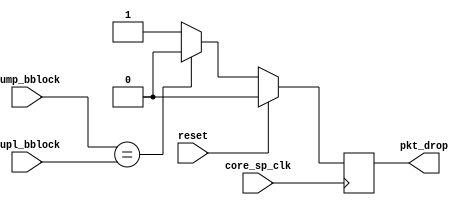
//
`timescale 1ns/1ps

module stage4(
	
	  input			        reset,
        input                         core_sp_clk,
        input [31:0]                  dupl_bblock, // use the data fetched from the duplicate ram in the previous stage
        input [31:0]                  jump_bblock,
        output                        pkt_drop //input to the np_core (in case of detected error)
        

);

reg pkt_drop_reg;
assign pkt_drop = pkt_drop_reg;

always @(posedge core_sp_clk)
begin
	if(reset) begin
		pkt_drop_reg <= 0;
		
	end else begin
		
                if  (jump_bblock == dupl_bblock) begin
                    pkt_drop_reg <= 0;
                end else begin
                    pkt_drop_reg <=1;        //interrupt, drop packet
                end
                                                                        
        end        
		
end

endmodule